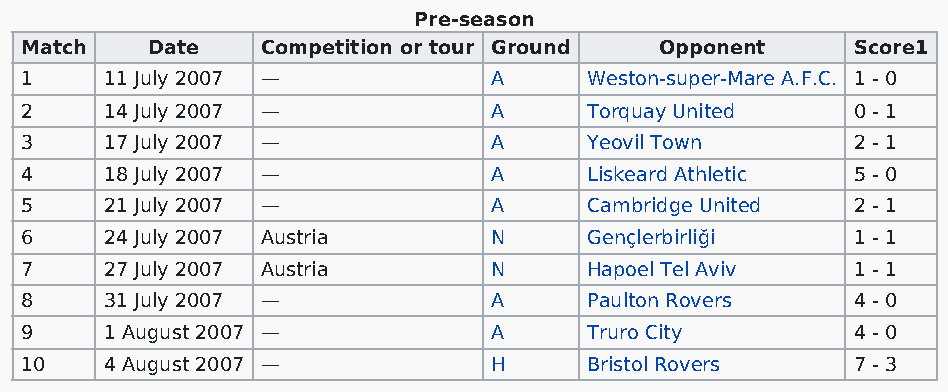
Pre-season
 Match    Date   Competition or tour Ground Opponent     Score1
 1     11 July 2007 —            A     Weston-super-Mare A.F.C. 1 - 0
 2     14 July 2007 —            A     Torquay United    0 - 1
 3     17 July 2007 —            A     Yeovil Town       2 - 1
 4     18 July 2007 —            A     Liskeard Athletic 5 - 0
 5     21 July 2007 —            A     Cambridge United  2 - 1
 6     24 July 2007 Austria      N     Gençlerbirliği    1 - 1
 7     27 July 2007 Austria      N     Hapoel Tel Aviv   1 - 1
 8     31 July 2007 —            A     Paulton Rovers    4 - 0
 9     1 August 2007 —           A     Truro City        4 - 0
 10    4 August 2007 —           H     Bristol Rovers    7 - 3